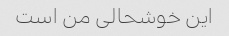
این خوشحالی من است